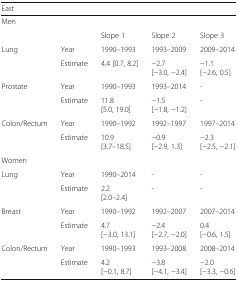
| <COLSPAN=5> East |
 | --- | --- | --- | --- | --- |
 | <COLSPAN=5> Men |
 |  |  | Slope 1 | Slope 2 | Slope 3 |
 | Lung | Year | 1990–1993 | 1993–2009 | 2009–2014 |
 |  | Estimate | 4.4 [0.7, 8.2] | −2.7 [−3.0, −2.4] | −1.1 [−2.6, 0.5] |
 | Prostate | Year | 1990–1993 | 1993–2014 | - |
 |  | Estimate | 11.8 [5.0, 19.0] | −1.5 [−1.8, −1.2] | - |
 | Colon/Rectum | Year | 1990–1992 | 1992–1997 | 1997–2014 |
 |  | Estimate | 10.9 [3.7–18.5] | −0.9 [−2.9, 1.3] | −2.3 [−2.5, −2.1] |
 | <COLSPAN=5> Women |
 | Lung | Year | 1990–2014 | - | - |
 |  | Estimate | 2.2 [2.0–2.4] | - | - |
 | Breast | Year | 1990–1992 | 1992–2007 | 2007–2014 |
 |  | Estimate | 4.7 [−3.0, 13.1] | −2.4 [−2.7, −2.0] | 0.4 [−0.6, 1.5] |
 | Colon/Rectum | Year | 1990–1993 | 1993–2008 | 2008–2014 |
 |  | Estimate | 4.2 [−0.1, 8.7] | −3.8 [−4.1, −3.4] | −2.0 [−3.3, −0.6] |